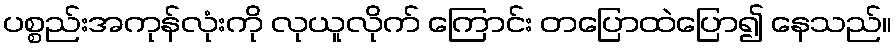
ပစ္စည်းအကုန်လုံးကို လုယူလိုက် ကြောင်း တပြောထဲပြော၍ နေသည်။